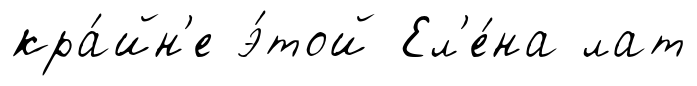
кра́йн'е э́той Ел'е́на лат